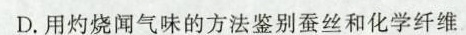
D.用灼烧闻气味的方法鉴别蚕丝和化学纤维